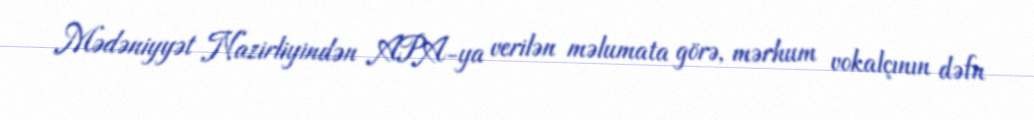
Mədəniyyət Nazirliyindən APA-ya verilən məlumata görə, mərhum vokalçının dəfn